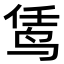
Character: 𬸊